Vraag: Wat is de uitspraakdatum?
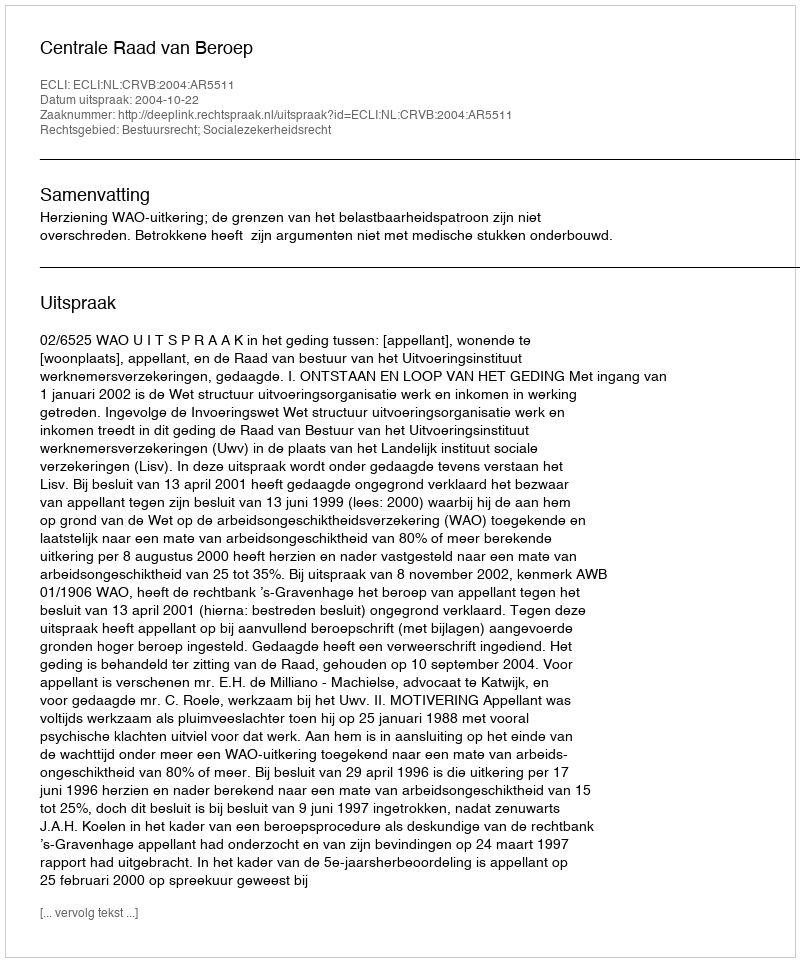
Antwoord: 2004-10-22